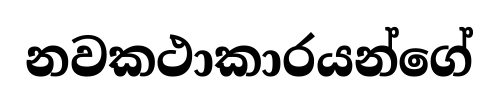
නවකථාකාරයන්ගේ